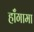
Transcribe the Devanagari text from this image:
हाँगामा